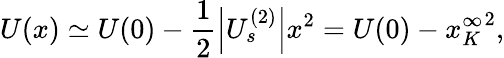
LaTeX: U(x)\simeq U(0)-\frac{1}{2}\left|U_{s}^{(2)}\right|x^{2}=U(0)-{x_{K}^{\infty}}^{2},